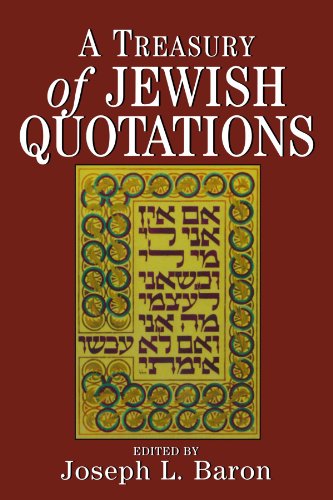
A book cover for A Treasury of Jewish Quotations; Religion & Spirituality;